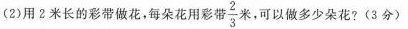
(2)用2米长的彩带做花，每朵花用彩带 $$ \frac{2}{3} $$ ，可以做多少朵花?(3分)